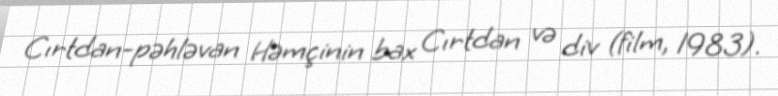
Cırtdan-pəhləvan Həmçinin bax Cırtdan və div (film, 1983).